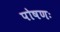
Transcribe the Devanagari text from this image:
पोषणः